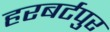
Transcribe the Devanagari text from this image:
हरबर्टपुर